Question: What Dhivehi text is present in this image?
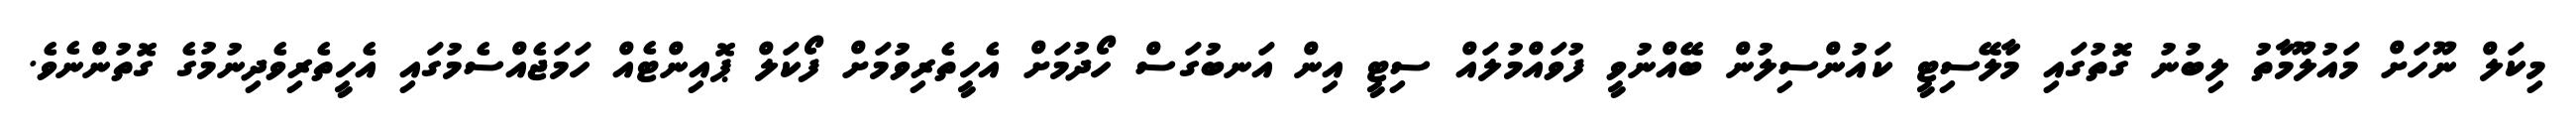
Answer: މިކަލް ނޫހަށް މައުލޫމާތު ލިބުނު ގޮތުގައި މާލޭސިޓީ ކައުންސިލުން ބޭއްނުވީ ފުވައްމުލައް ސިޓީ އިން އަނބުގަސް ހޯދުމަށް އެހީތެރިވުމަށް ފޯކަލް ޕޮއިންޓެއް ހަމަޖެއްސެމުގައި އެހީތެރިވެދިނުމުގެ ގޮތުންނެވެ.